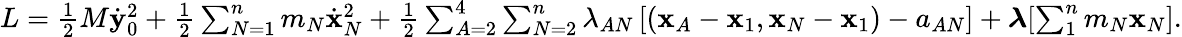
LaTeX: \begin{array}{r}{L=\frac 12M\dot{\mathbf y}_{0}^{2}+\frac 12\sum_{N=1}^{n}m_{N}\dot{\mathbf x}_{N}^{2}+\frac 12\sum_{A=2}^{4}\sum_{N=2}^{n}\lambda_{AN}\left[({\mathbf x}_{A}-{\mathbf x}_{1},{\mathbf x}_{N}-{\mathbf x}_{1})-a_{AN}\right]+\boldsymbol{\lambda}[\sum_{1}^{n}m_{N}{\mathbf x}_{N}].}\end{array}